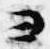
ヨ